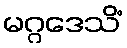
မဂ္ဂဒေသိံ